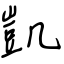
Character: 凱